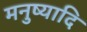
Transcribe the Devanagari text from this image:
मनुष्यादि